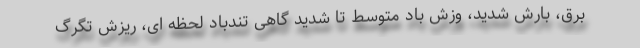
برق، بارش شدید، وزش باد متوسط تا شدید گاهی تندباد لحظه ای، ریزش تگرگ